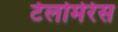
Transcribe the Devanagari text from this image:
टेलोमेरेस